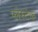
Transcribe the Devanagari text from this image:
प्लेस्टेक